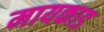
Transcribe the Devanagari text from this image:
मायकाड